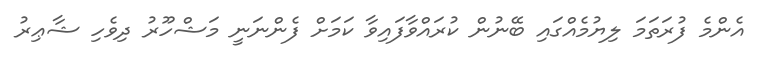
އެންމެ ފުރަތަމަ ލިޔުމެއްގައި ބޭނުން ކުރައްވާފައިވާ ކަމަށް ފެންނަނީ މަޝްހޫރު ދިވެހި ޝާޢިރު